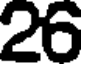
26